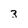
Character: 3